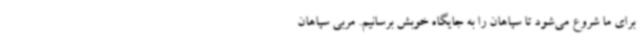
برای ما شروع می‌شود تا سپاهان را به جایگاه خوبش برسانیم. مربی سپاهان